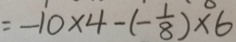
= - 1 0 \times 4 - ( - \frac { 1 } { 8 } ) \times 6